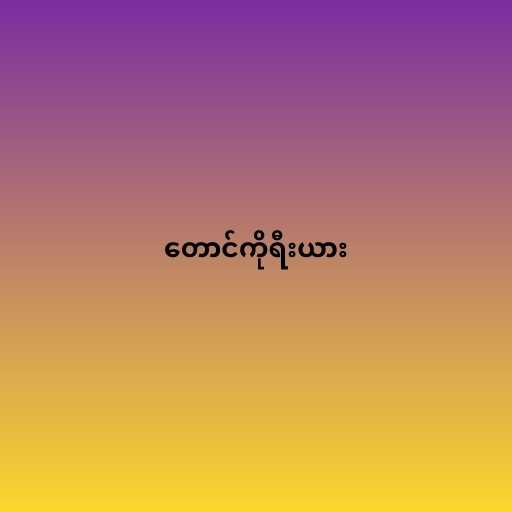
တောင်ကိုရီးယား